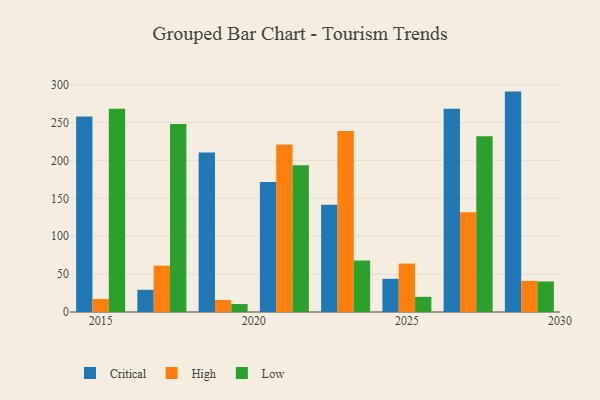
{"axis": {"x": "Year", "y": "Conversion Rate (%)"}, "legend": ["Critical", "High", "Low"], "data": [{"x": "2027", "y": 268.2, "type": "Critical"}, {"x": "2027", "y": 131.5, "type": "High"}, {"x": "2027", "y": 232.0, "type": "Low"}, {"x": "2017", "y": 29.3, "type": "Critical"}, {"x": "2017", "y": 61.1, "type": "High"}, {"x": "2017", "y": 248.2, "type": "Low"}, {"x": "2029", "y": 290.8, "type": "Critical"}, {"x": "2029", "y": 41.1, "type": "High"}, {"x": "2029", "y": 40.3, "type": "Low"}, {"x": "2023", "y": 141.5, "type": "Critical"}, {"x": "2023", "y": 238.8, "type": "High"}, {"x": "2023", "y": 67.8, "type": "Low"}, {"x": "2021", "y": 171.6, "type": "Critical"}, {"x": "2021", "y": 220.9, "type": "High"}, {"x": "2021", "y": 193.5, "type": "Low"}, {"x": "2025", "y": 43.8, "type": "Critical"}, {"x": "2025", "y": 63.9, "type": "High"}, {"x": "2025", "y": 20.0, "type": "Low"}, {"x": "2019", "y": 210.4, "type": "Critical"}, {"x": "2019", "y": 15.8, "type": "High"}, {"x": "2019", "y": 10.5, "type": "Low"}, {"x": "2015", "y": 257.8, "type": "Critical"}, {"x": "2015", "y": 17.2, "type": "High"}, {"x": "2015", "y": 268.1, "type": "Low"}]}